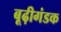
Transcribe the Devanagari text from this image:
बूढ़ीगंडक